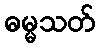
ဓမ္မသတ်